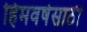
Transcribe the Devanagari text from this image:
हिमवर्षेसाठी